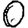
Digit: 0